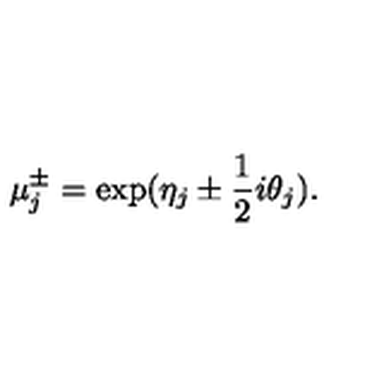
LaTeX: \mu \sp { \pm } _ { j } = \exp ( \eta _ { j } \pm \frac { 1 } { 2 } i \theta _ { j } ) .